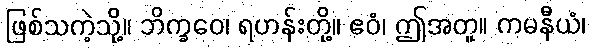
ဖြစ်သကဲ့သို့။ ဘိက္ခဝေ၊ ရဟန်းတို့။ ဧဝံ၊ ဤအတူ။ ကမနီယံ၊